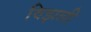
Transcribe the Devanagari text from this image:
विझली